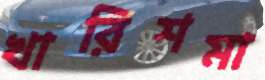
খারিশমা